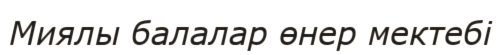
Миялы балалар өнер мектебі